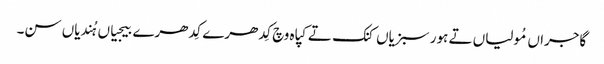
گاجراں مُولیاں تے ہور سبزیاں کنک تے کپاہ وچ کِدھرے کِدھرے بیجیاں ہُندیاں سن۔